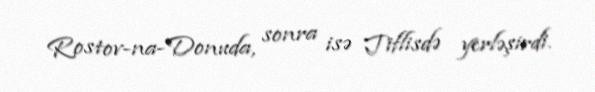
Rostov-na-Donuda, sonra isə Tiflisdə yerləşirdi.